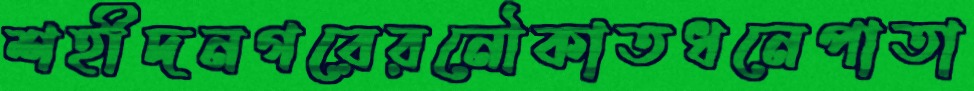
শহীদনগরেরনৌকাতধনেপাতা